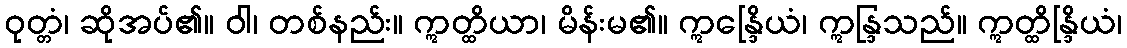
ဝုတ္တံ၊ ဆိုအပ်၏။ ဝါ၊ တစ်နည်း။ ဣတ္ထိယာ၊ မိန်းမ၏။ ဣန္ဒြေိယံ၊ ဣန္ဒြသည်။ ဣတ္ထိန္ဒြိယံ၊